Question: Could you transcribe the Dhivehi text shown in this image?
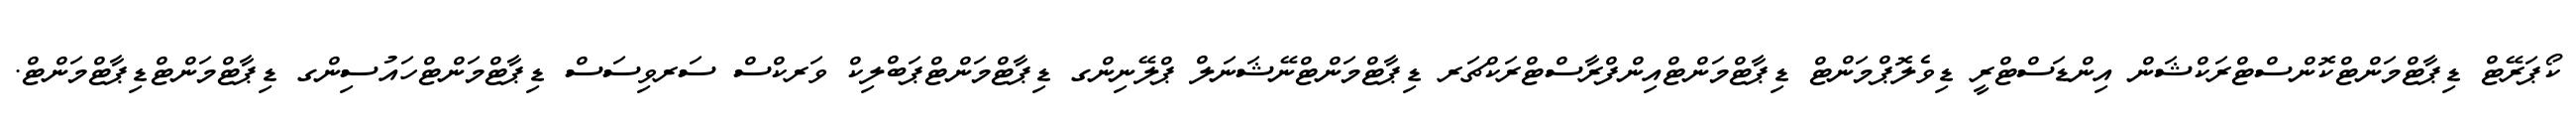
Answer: ކޯޕަރޭޓް ޑިޕާޓްމަންޓްކޮންސްޓްރަކްޝަން އިންޑަސްޓްރީ ޑިވެލޮޕްމަންޓް ޑިޕާޓްމަންޓްއިންފްރާސްޓްރަކްޗަރ ޑިޕާޓްމަންޓްނޭޝަނަލް ޕްލޭނިންގ ޑިޕާޓްމަންޓްޕަބްލިކް ވަރކްސް ސަރވިސަސް ޑިޕާޓްމަންޓްހައުސިންގ ޑިޕާޓްމަންޓްޑިޕާޓްމަންޓް.